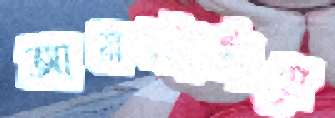
আমস্টার্ডামে